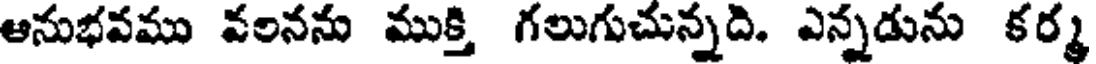
అనుభవము వలనను ముక్తి గలుగుచున్నది. ఎన్నడును కర్మ